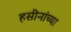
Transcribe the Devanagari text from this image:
हसीनांच्या